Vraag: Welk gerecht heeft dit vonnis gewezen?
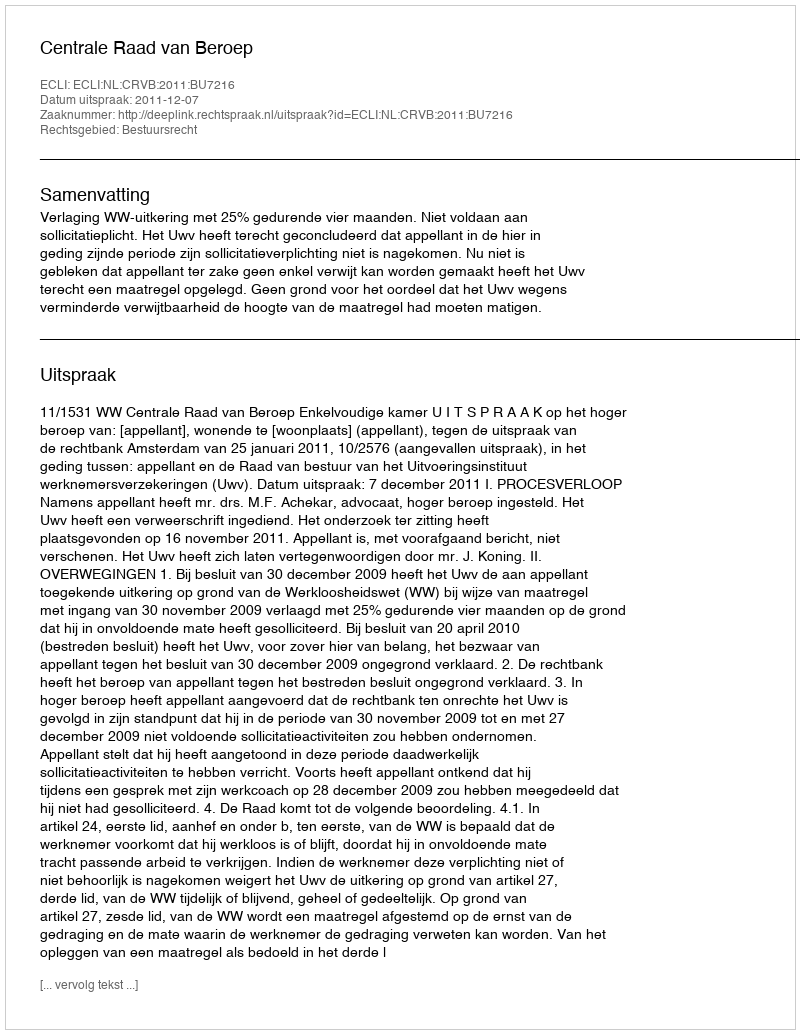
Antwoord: Centrale Raad van Beroep